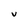
Character: v